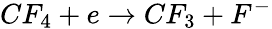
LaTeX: CF_{4}+e\rightarrow CF_{3}+F^{-}